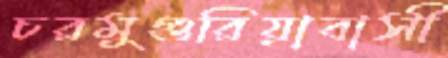
চরমুগুরিয়াবাসী